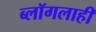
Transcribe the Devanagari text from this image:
ब्लॉगलाही